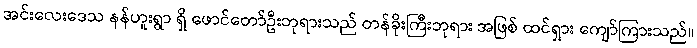
အင်းလေးဒေသ နန်ဟူးရွာ ရှိ ဖောင်တော်ဦးဘုရားသည် တန်ခိုးကြီးဘုရား အဖြစ် ထင်ရှား ကျော်ကြားသည်။